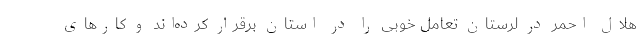
هلال احمر در لرستان تعامل خوبی را در استان برقرار کرده‌اند و کارهای